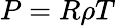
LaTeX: P=R\rho T